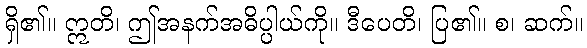
ရှိ၏။ ဣတိ၊ ဤအနက်အဓိပ္ပါယ်ကို။ ဒီပေတိ၊ ပြ၏။ စ၊ ဆက်။